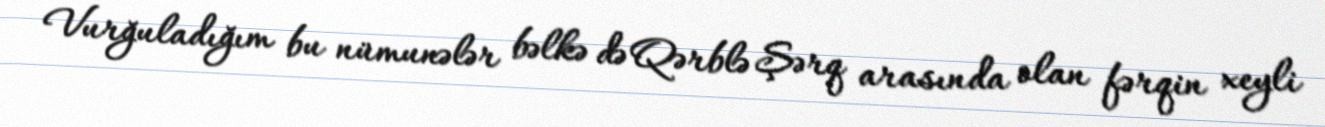
Vurğuladığım bu nümunələr bəlkə də Qərblə Şərq arasında olan fərqin xeyli